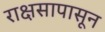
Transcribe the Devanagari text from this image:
राक्षसापासून